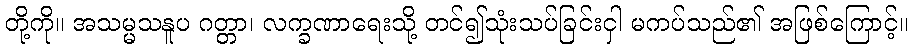
တို့ကို။ အသမ္မသနူပ ဂတ္တာ၊ လက္ခဏာရေးသို့ တင်၍သုံးသပ်ခြင်းငှါ မကပ်သည်၏ အဖြစ်ကြောင့်။